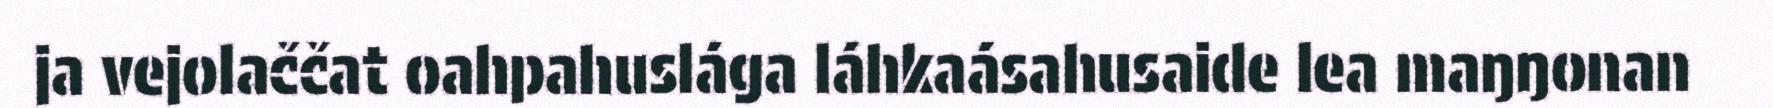
ja vejolaččat oahpahuslága láhkaásahusaide lea maŋŋonan